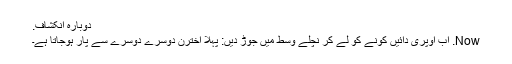
دوبارہ انکشاف.
Now. اب اوپری دائیں کونے کو لے کر نچلے وسط میں جوڑ دیں: پہلا اخترن دوسرے دوسرے سے پار ہوجاتا ہے۔